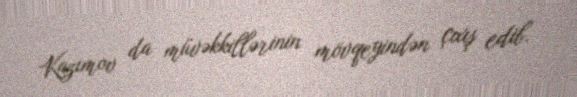
Kazımov da müvəkkillərinin mövqeyindən çıxış edib.